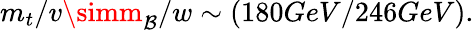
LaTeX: m_{t}/v\simm_{\mathcal{B}}/w\sim(180GeV/246GeV).